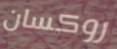
روكسان